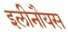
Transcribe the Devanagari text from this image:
इलीनौयस